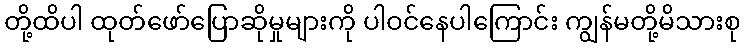
တို့ထိပါ ထုတ်ဖော်ပြောဆိုမှုများကို ပါဝင်နေပါကြောင်း ကျွန်မတို့မိသားစု